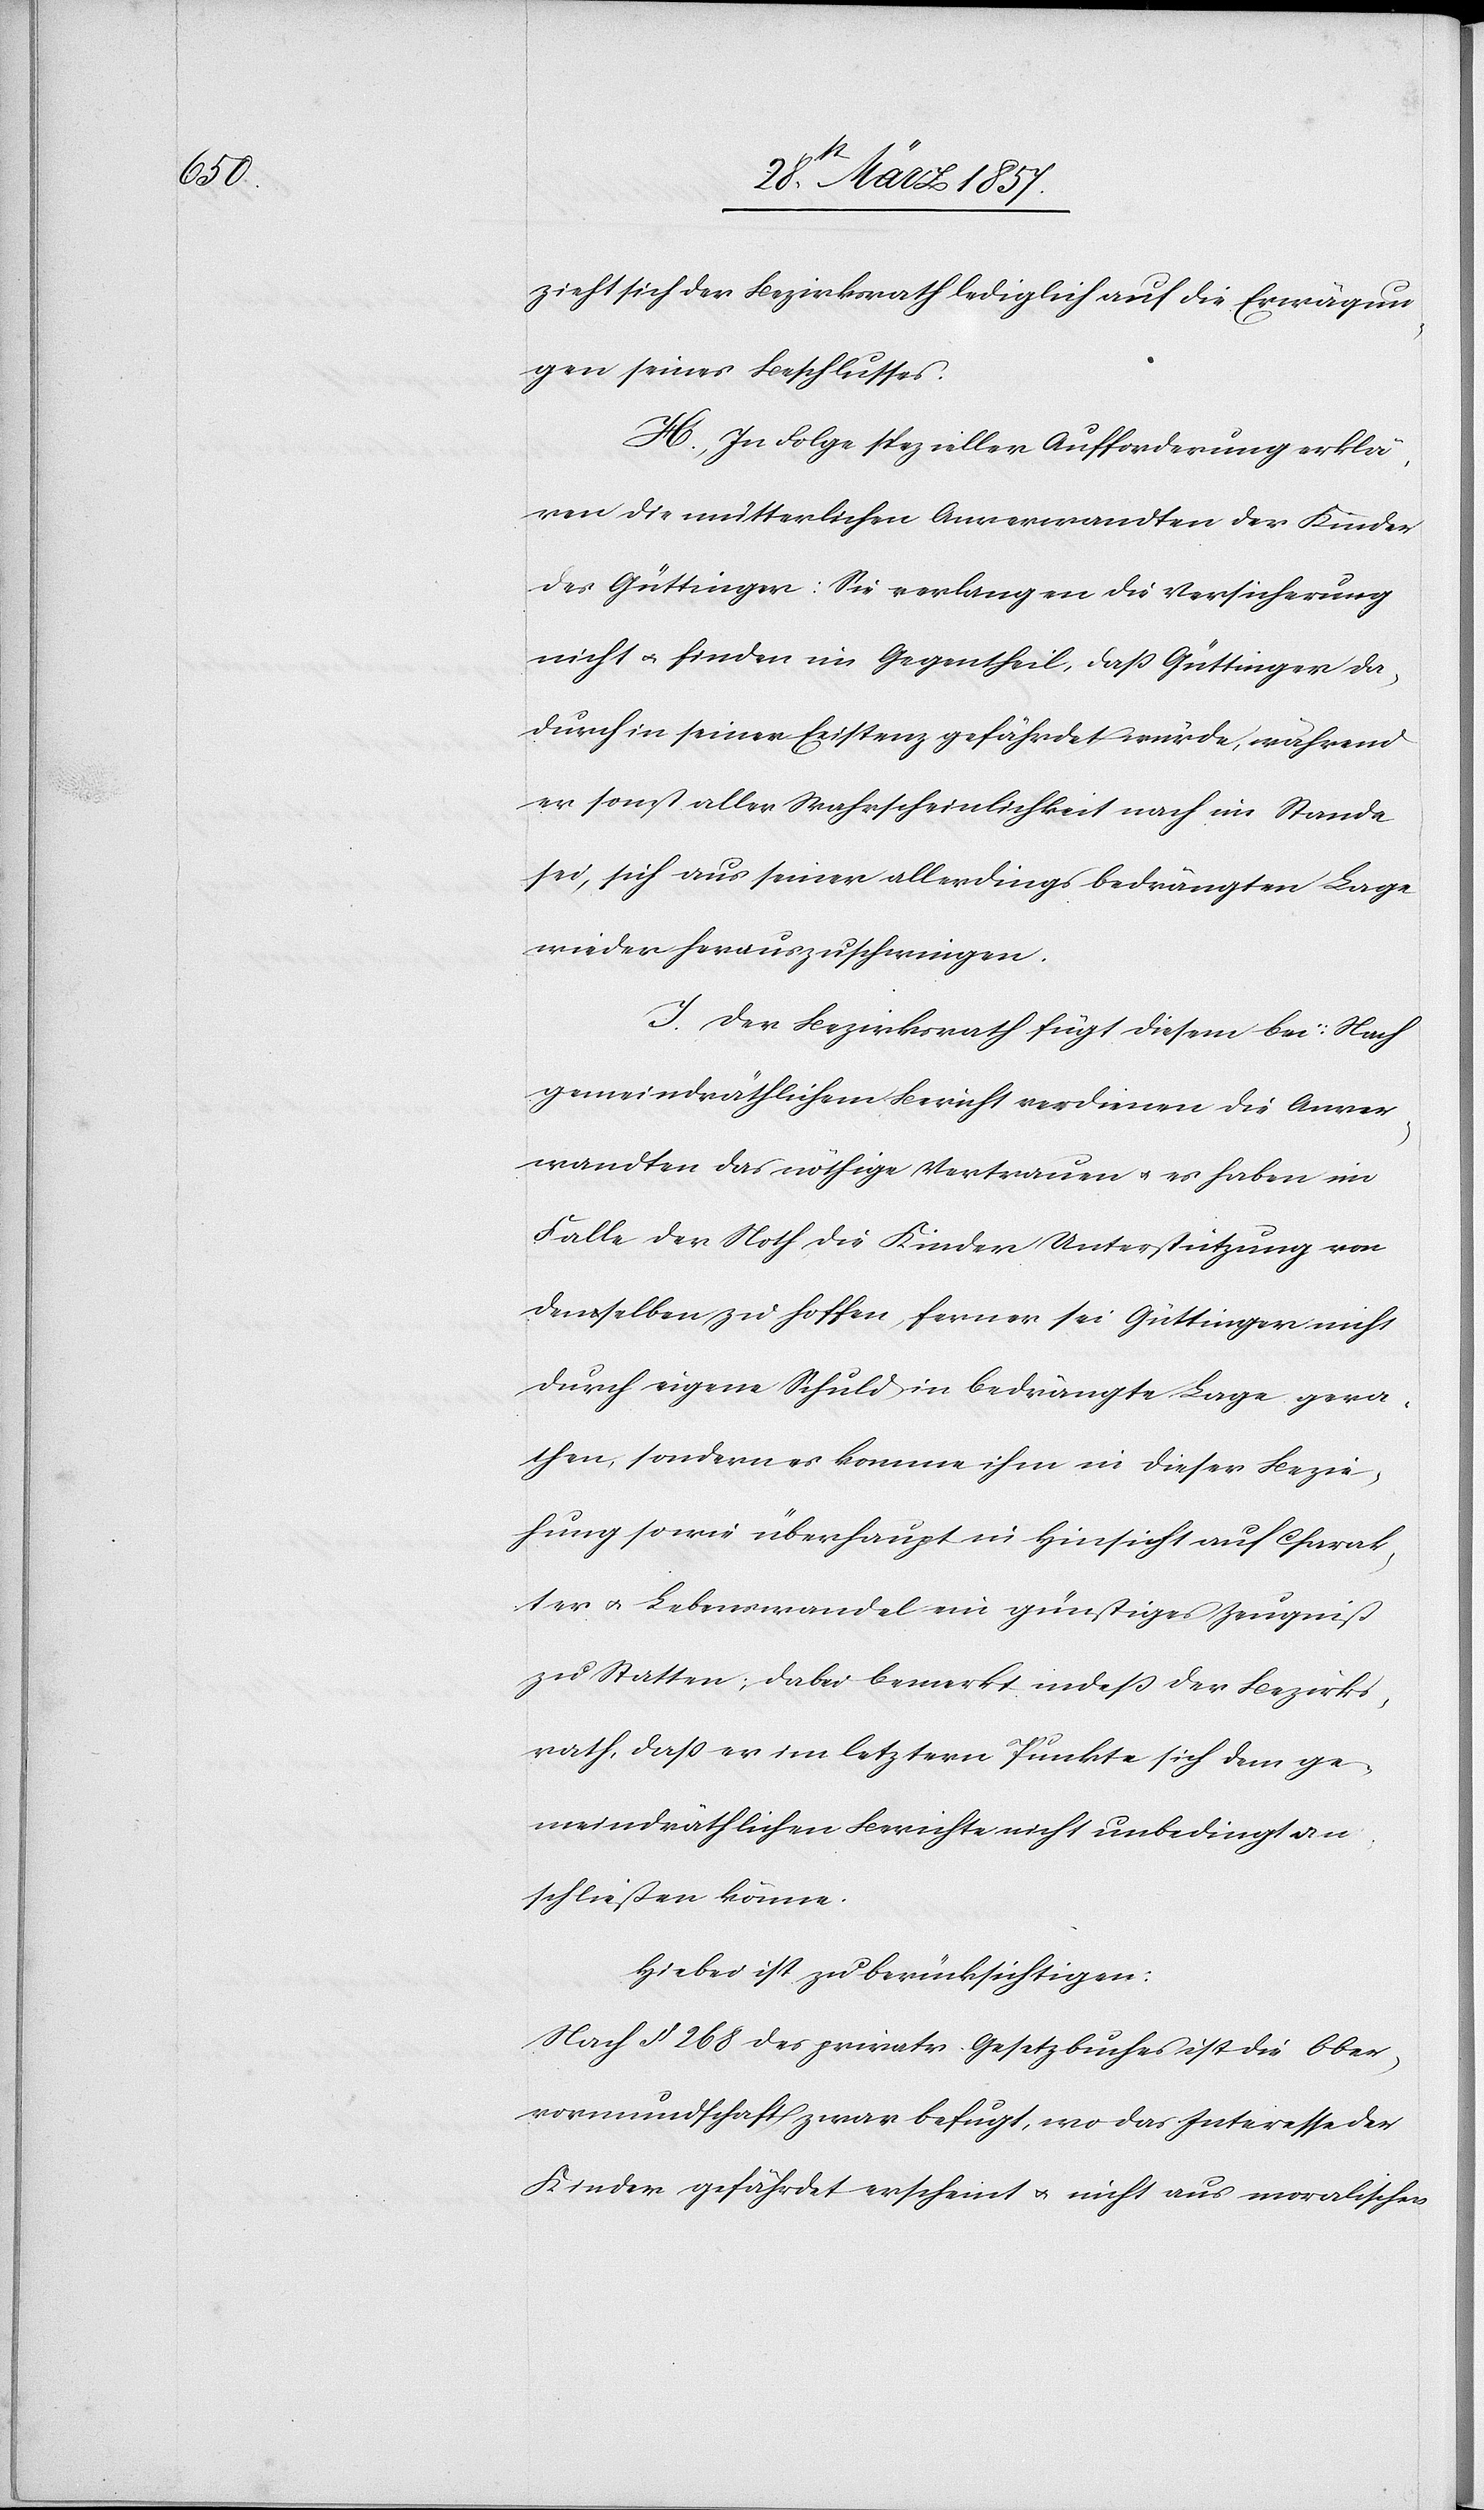
zieht sich der Bezirksrath lediglich auf die Erwägun¬
gen seines Beschlusses.
H. In Folge spezieller Aufforderung erklä¬
ren die mütterlichen Anverwandten der Kinder
des Güttinger: Sie verlangen die Versicherung
nicht u. finden im Gegentheil, daß Güttinger da¬
durch in seiner Existenz gefährdet würde, während
er sonst aller Wahrscheinlichkeit nach im Stande
sei, sich aus seiner allerdings bedrängten Lage
wieder herauszuschwingen.
J. Der Bezirksrath fügt diesem bei: Nach
gemeindräthlichem Bericht verdienen die Anver¬
wandten das nöthige Vertrauen u. es haben im
Falle der Noth die Kinder Unterstützung von
denselben zu hoffen, ferner sei Güttinger nicht
durch eigene Schuld in bedrängte Lage gera¬
then, sondern es komme ihm in dieser Bezie¬
hung sowie überhaupt in Hinsicht auf Charak¬
ter u. Lebenswandel ein günstiges Zeugniß
zu Statten; dabei bemerkt indeß der Bezirks¬
rath, daß er im letztern Punkte sich dem ge¬
meindräthlichen Berichte nicht unbedingt an¬
schließen könne.
Hiebei ist zu berücksichtigen:
Nach § 268 des privatr. Gesetzbuches ist die Ober¬
vormundschaft zwar befugt, wo das Interesse der
Kinder gefährdet erscheint u. nicht aus moralischen